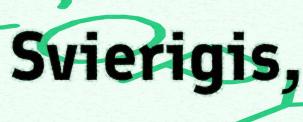
Svierigis,